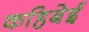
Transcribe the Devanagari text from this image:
कहिबेई